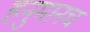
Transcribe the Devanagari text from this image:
हनुमानच